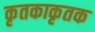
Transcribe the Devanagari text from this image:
कृतकाकृतक